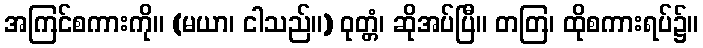
အကြင်စကားကို။ (မယာ၊ ငါသည်။) ဝုတ္တံ၊ ဆိုအပ်ပြီ။ တတြ၊ ထိုစကားရပ်၌။